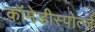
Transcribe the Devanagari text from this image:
कॉमेडीस्पोर्त्ज़